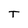
Character: T